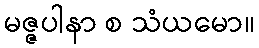
မဇ္ဇပါနာ စ သံယမော။